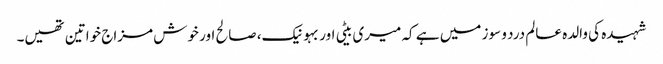
شہیدہ کی والدہ عالم درد و سوز میں ہے کہ میری بیٹی اور بہو نیک، صالح اور خوش مزاج خواتین تھیں۔